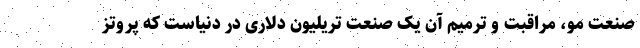
صنعت مو، مراقبت و ترمیم آن یک صنعت تریلیون دلاری در دنیاست که پروتز